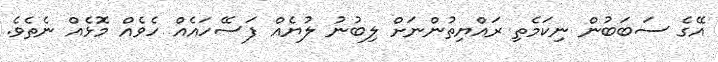
އޭގެ ސަބަބުން ނިކަމެތި ރައްޔިތުންނަށް ލިބުނު ލުޔެއް ފަސޭހައެއް ހެވެއް މޮޅެއް ނެތެވެ.